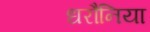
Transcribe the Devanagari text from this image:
धरौनिया